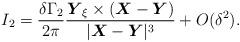
LaTeX: \begin{align*}I_{2}=\frac{\delta \Gamma_{2}}{2\pi}\frac{\mbox{\mathversion{bold}$Y$}_{\xi}\times(\mbox{\mathversion{bold}$X$}-\mbox{\mathversion{bold}$Y$})}{|\mbox{\mathversion{bold}$X$}-\mbox{\mathversion{bold}$Y$}|^{3}}+O(\delta^{2}).\end{align*}